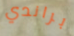
براندي